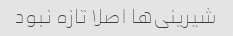
شیرینی‌ها اصلا تازه نبود